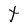
Character: t